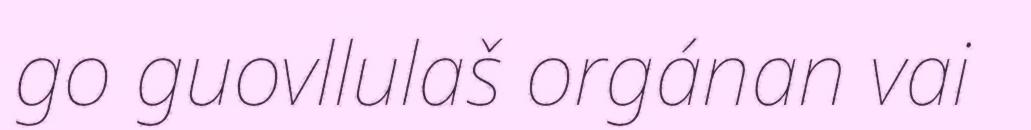
go guovllulaš orgánan vai